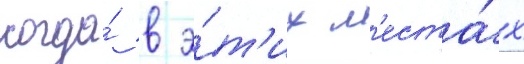
когда́ в э́т'их м'еста́х